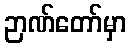
ဉာဏ်တော်မှာ